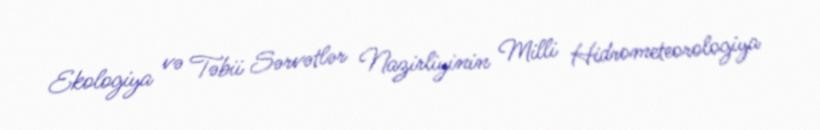
Ekologiya və Təbii Sərvətlər Nazirliyinin Milli Hidrometeorologiya